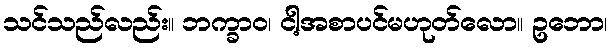
သင်သည်လည်း။ ဘက္ခာဝ၊ ငါ့အစာပင်မဟုတ်လော။ ဥဘော၊